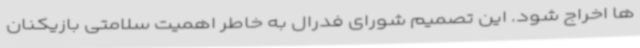
ها اخراج شود. این تصمیم شورای فدرال به خاطر اهمیت سلامتی بازیکنان